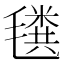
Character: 𰚲